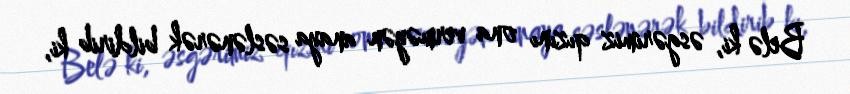
Belə ki, əsgərimiz qızını ona verməyən anaya səslənərək bildirib ki,